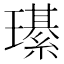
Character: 𤪌